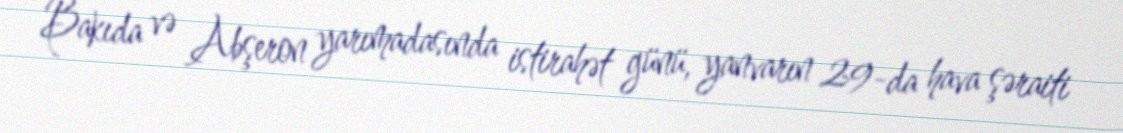
Bakıda və Abşeron yarımadasında istirahət günü, yanvarın 29-da hava şəraiti